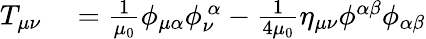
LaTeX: \begin{array}{rl}{T_{\mu\nu}}&{{}=\frac{1}{\mu_{0}}\phi_{\mu\alpha}\phi_{\nu}^{\ \alpha}-\frac{1}{4\mu_{0}}\eta_{\mu\nu}\phi^{\alpha\beta}\phi_{\alpha\beta}}\end{array}